Statistical return of the lunatic asylum in Assam - 1912-1932
Year: 1912
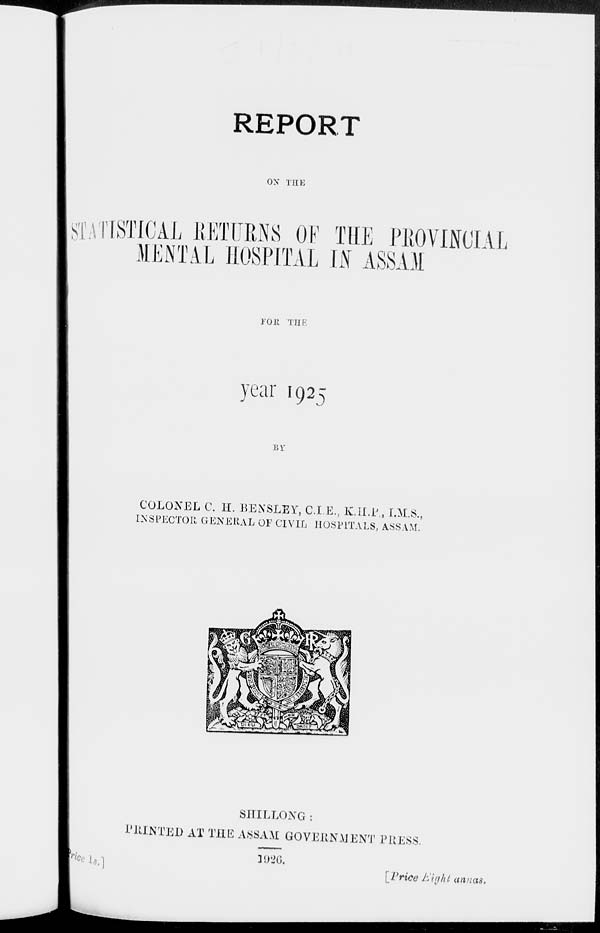
REPORT
OX THE
STATISTICAL BETUBNS OF THE PBOVIJWIAL
MENTAL HOSPITAL IS ASSAM
FOR THE
year 1925
BIT
COLONEL C. H. 13ENSLEY, C.I.E., K.U.P., I.M.S.,
INSPECTOR GENERAL OF CIVIL HOSPITALS, ASSAM.
SHILLONG:
PRINTED AT THE ASSAM GOVERNMENT PRESS.
pels.]
v.m.
[Price Eight annas.